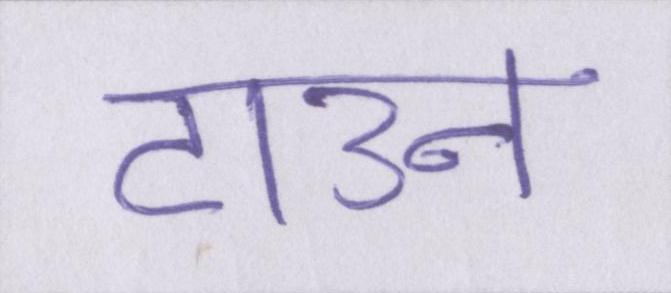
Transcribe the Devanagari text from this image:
टाउन